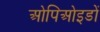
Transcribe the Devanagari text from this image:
ओपिओइडों